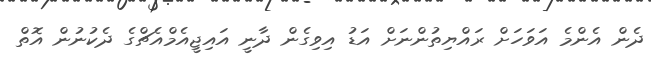
ދެން އެންމެ އަވަހަށް ރައްޔިތުންނަށް އަޑު އިވިގެން ދާނީ އައިޖީއެމްއެޗްގެ ދެކުނުން އޮތް